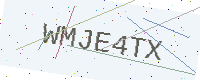
Text: WMJE4TX